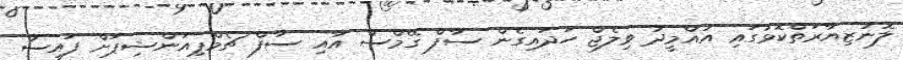
ލޮނުޒިޔާރަތްކޮޅުގައި އުއްމީދު ވިލެޖް ހަދައިގެން ސާފް ގޭމްސް އާއި ސާފް ޗެމްޕިއަންޝިޕަށް ފައިސާ